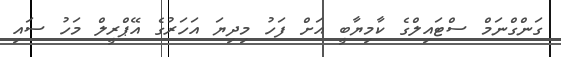
ގަންގްނަމް ސްޓައިލްގެ ކާމިޔާބީ އަށް ފަހު މިދިޔަ އަހަރުގެ އޭޕްރީލް މަހު ސައި